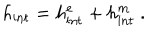
h _ { \mathrm { i n t } } = h _ { \mathrm { i n t } } ^ { e } + h _ { \mathrm { i n t } } ^ { m } \ .